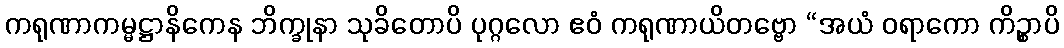
ကရုဏာကမ္မဋ္ဌာနိကေန ဘိက္ခုနာ သုခိတောပိ ပုဂ္ဂလော ဧဝံ ကရုဏာယိတဗ္ဗော “အယံ ဝရာကော ကိဉ္စာပိ